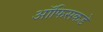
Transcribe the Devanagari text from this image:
ऑफिसकडे